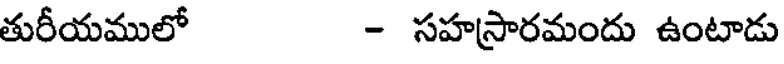
తురీయములో - సహస్రారమందు ఉంటాడు